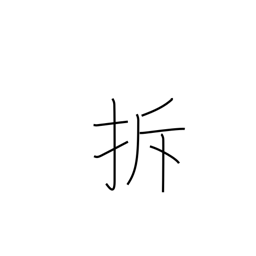
Meaning: to break up